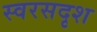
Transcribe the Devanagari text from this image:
स्वरसदृश